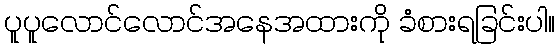
ပူပူလောင်လောင်အနေအထားကို ခံစားရခြင်းပါ။